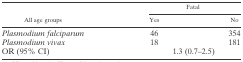
| <ROWSPAN=2> All age groups | <COLSPAN=2> Fatal |
 | Yes | No |
 | --- | --- | --- |
 | Plasmodium falciparum | 46 | 354 |
 | Plasmodium vivax | 18 | 181 |
 | OR (95% CI) | <COLSPAN=2> 1.3 (0.7–2.5) |